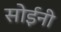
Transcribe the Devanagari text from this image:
सोईनी